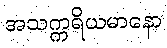
အသက္ကရိယမာနော